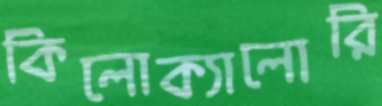
কিলোক্যালোরি